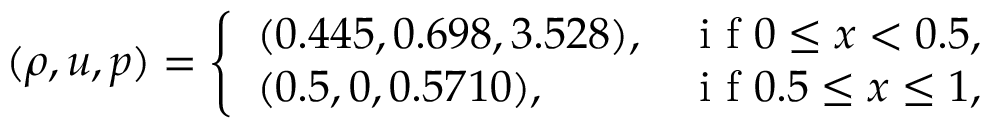
( \rho , u , p ) = \left\{ \begin{array} { l l } { ( 0 . 4 4 5 , 0 . 6 9 8 , 3 . 5 2 8 ) , } & { \mathrm { ~ i ~ f ~ } 0 \leq x < 0 . 5 , } \\ { ( 0 . 5 , 0 , 0 . 5 7 1 0 ) , } & { \mathrm { ~ i ~ f ~ } 0 . 5 \leq x \leq 1 , } \end{array} \right.